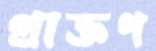
প্রাক্তণ